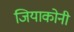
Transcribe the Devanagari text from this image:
जियाकोनी